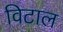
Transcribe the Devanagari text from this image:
विटाल